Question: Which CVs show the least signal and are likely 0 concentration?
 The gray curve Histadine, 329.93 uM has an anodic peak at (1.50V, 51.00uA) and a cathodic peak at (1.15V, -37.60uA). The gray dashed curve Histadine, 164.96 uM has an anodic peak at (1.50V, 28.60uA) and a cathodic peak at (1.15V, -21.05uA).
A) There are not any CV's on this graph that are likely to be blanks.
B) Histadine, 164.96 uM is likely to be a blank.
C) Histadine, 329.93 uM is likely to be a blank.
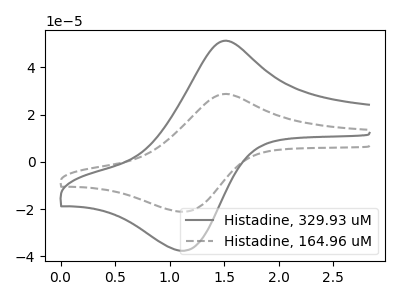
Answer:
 <answer>A) There are not any CV's on this graph that are likely to be blanks.</answer>
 <eval>A</eval>